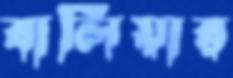
বালিয়ার